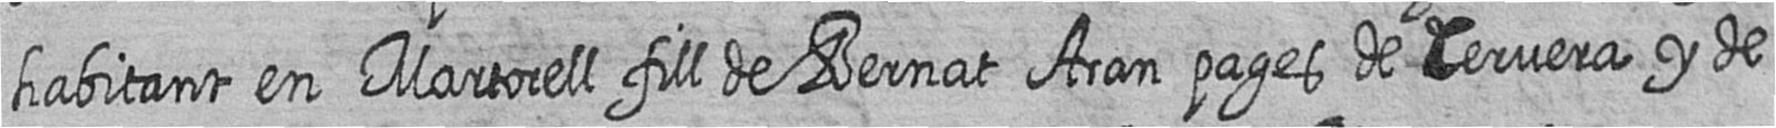
habitant en Martorell fill de Bernat Aran pages de Cervera y de